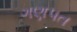
ગણપત